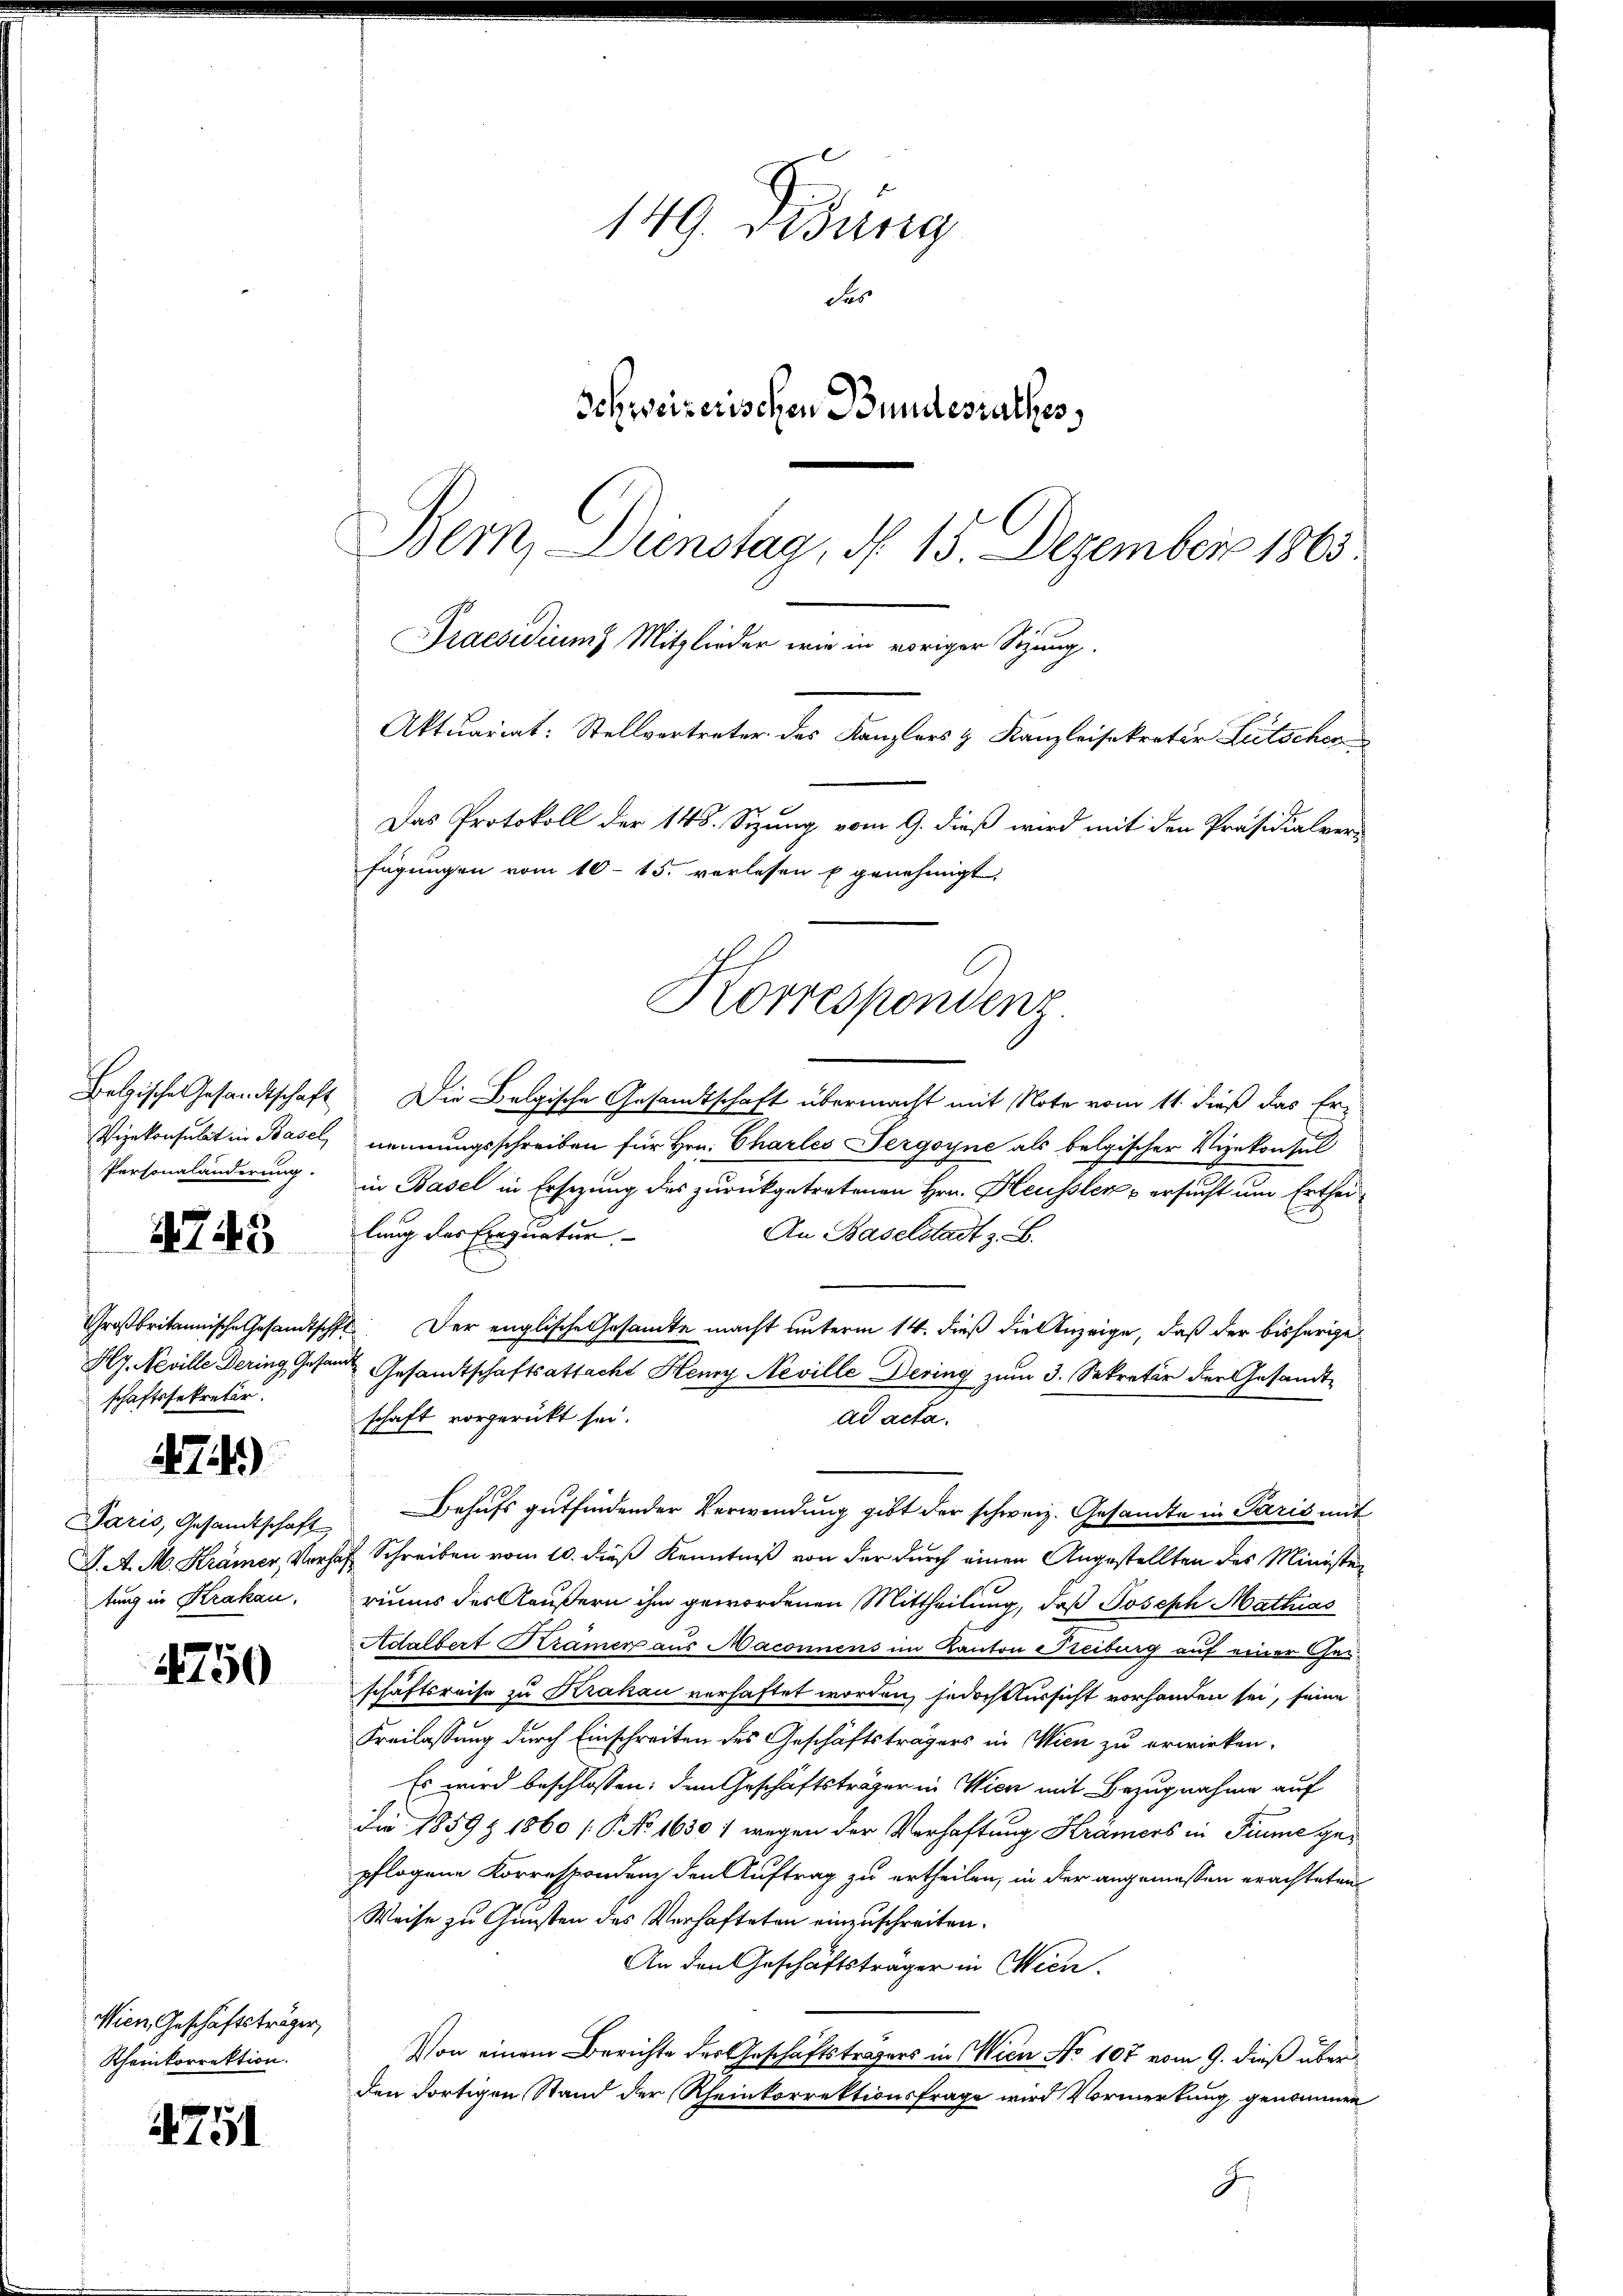
Belgische Gesandtschaft
Vizekonsulat in Basel,
Personaländerung.

4745

Großbritannische Gesandtsch
Hly. Neville Dering Gesan
schaftssekretär.

74)

Paris, Gesandtschaft
J. A. M. Krämer, Verz
tung in Krakau.

4750

Wien, Geschäftsträger,
Rheinkorrektion.

4751

149. Didung
des
Schweizerischen Bundesrathes
Bern, Dienstag, d. 15. Dezember 1863
Praesidium Mitglieder wir in voriger Sizung.

Aktuariat: Stellvertreter des Kanzlers & Kanzleisekreter Litscher

Das Protokoll der 148. Sizung vom 9. dieß wird mit den Präsidialver
fügungen vom 10. 15. vorlesen u genehmigt.

Korresponden.

Die Belgische Gesamtschaft übermacht mit Note vom 11. dieß das Er-
nennungsschreiben für Hrn. Charles Sergoyne als belgischer Vizekonsul
in Basel in Ersezung des zurückgetretenen Hrn. Heussler & ersucht um Ertheilung des Exequatur
An Baselstadt z. B.
2. Der englische Gesamte macht unterm 14. dieß die Anzeige, daß der bisherige
Gesandtschaftsattacht Henry Neville Dering zum 3. Sekretär der Gesandtschaft vorgerückt sei.
ad acta.
Behufs gutfindender Verwendung gibt der schweiz. Gesandte in Paris mit
sas Schreiben vom 10. dieß Kenntniß von der durch einen Angestellten des Ministen
riums des Aeußern ihm gewordenen Mittheilung, daß Joseph Mathias
Adalbert Krämer aus Maconnens im Kanton Freiburg auf einer Ges
schaftsreise zu Krakau verhaftet worden, jedoch tursicht vorhanden sei, seine
Freilassung durch Einschreiten des Geschäftsträgers in Wien zu erwirken,
Es wird beschlossen: den Geschäftsträger in Wien mit Bezugnahme auf
Die 1859 & 1860 [S. No 1630 / wegen der Verhaftung Krämers in Fiume gepflogene Korrespondenz den Auftrag zu ertheilen, in der angemessen erachteten
Weise zu Gunsten des Verhafteten einzuschreiten.
An den Geschäftsträger in Wien.
Von einem Berichte des Geschäftsträgers in Wien No 107 vom 9. dieß über
den dortigen Stand der Rheinkorrektionsfrage wird Vormerkung genommen
J